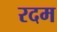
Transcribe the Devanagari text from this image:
रदम